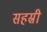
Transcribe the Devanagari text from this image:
सहस्री